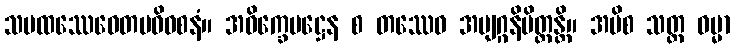
သမထဿေဝေတမဓိဝစနံ။ အဝိက္ခေပဋ္ဌေန စ တဿေဝ အဗျဂ္ဂနိမိတ္တန္တိ။ အပိစ သတ္တ ဓမ္မာ